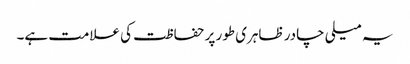
یہ میلی چادر ظاہری طور پر حفاظت کی علامت ہے۔